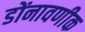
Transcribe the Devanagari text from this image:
डोंनावणीक